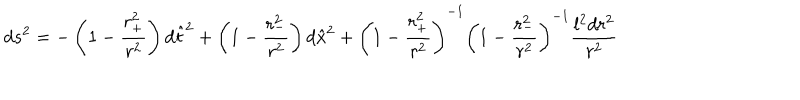
LaTeX: d s ^ { 2 } = - \left( 1 - \frac { r _ { + } ^ { 2 } } { r ^ { 2 } } \right) d { \hat { t } } ^ { 2 } + \left( 1 - \frac { r _ { - } ^ { 2 } } { r ^ { 2 } } \right) d { \hat { x } } ^ { 2 } + { \left( 1 - \frac { r _ { + } ^ { 2 } } { r ^ { 2 } } \right) } ^ { - 1 } { \left( 1 - \frac { r _ { - } ^ { 2 } } { r ^ { 2 } } \right) } ^ { - 1 } \frac { l ^ { 2 } d r ^ { 2 } } { r ^ { 2 } }